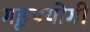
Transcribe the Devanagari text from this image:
गृहपयोगी